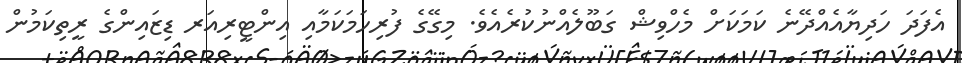
އެފަދަ ހަދިޔާއެއްދޭނެ ކަމަކަށް މެހްވިޝް ގަބޫލެއްނުކުރެއެވެ. މިގޭގެ ފުރިހަމަކަމާއި އިންޓީރިއަރ ޑިޒައިންގެ ރީތިކަމުން